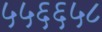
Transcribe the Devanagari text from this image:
५५६६५८